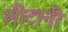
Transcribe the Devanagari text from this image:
लीटानी